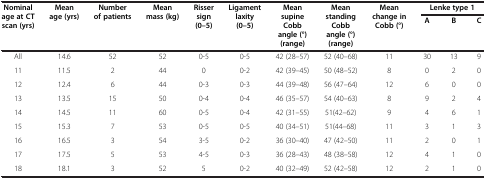
<table><thead><tr><td rowspan="2"><b>Nominal age at CT scan (yrs)</b></td><td rowspan="2"><b>Mean age (yrs)</b></td><td rowspan="2"><b>Number of patients</b></td><td rowspan="2"><b>Mean mass (kg)</b></td><td rowspan="2"><b>Risser sign (0–5)</b></td><td rowspan="2"><b>Ligament laxity (0–5)</b></td><td rowspan="2"><b>Mean supine Cobb angle (°) (range)</b></td><td rowspan="2"><b>Mean standing Cobb angle (°) (range)</b></td><td rowspan="2"><b>Mean change in Cobb (°)</b></td><td colspan="3"><b>Lenke type 1</b></td></tr><tr><td><b>A</b></td><td><b>B</b></td><td><b>C</b></td></tr></thead><tbody><tr><td>All</td><td>14.6</td><td>52</td><td>52</td><td>0-5</td><td>0-5</td><td>42 (28–57)</td><td>52 (40–68)</td><td>11</td><td>30</td><td>13</td><td>9</td></tr><tr><td>11</td><td>11.5</td><td>2</td><td>44</td><td>0</td><td>0-2</td><td>42 (39–45)</td><td>50 (48–52)</td><td>8</td><td>0</td><td>2</td><td>0</td></tr><tr><td>12</td><td>12.4</td><td>6</td><td>44</td><td>0-3</td><td>0-3</td><td>44 (39–48)</td><td>56 (47–64)</td><td>12</td><td>6</td><td>0</td><td>0</td></tr><tr><td>13</td><td>13.5</td><td>15</td><td>50</td><td>0-4</td><td>0-4</td><td>46 (35–57)</td><td>54 (40–63)</td><td>8</td><td>9</td><td>2</td><td>4</td></tr><tr><td>14</td><td>14.5</td><td>11</td><td>60</td><td>0-5</td><td>0-4</td><td>42 (31–55)</td><td>51(42–62)</td><td>9</td><td>4</td><td>6</td><td>1</td></tr><tr><td>15</td><td>15.3</td><td>7</td><td>53</td><td>0-5</td><td>0-5</td><td>40 (34–51)</td><td>51(44–68)</td><td>11</td><td>3</td><td>1</td><td>3</td></tr><tr><td>16</td><td>16.5</td><td>3</td><td>54</td><td>3-5</td><td>0-2</td><td>36 (30–40)</td><td>47 (42–50)</td><td>11</td><td>2</td><td>0</td><td>1</td></tr><tr><td>17</td><td>17.5</td><td>5</td><td>53</td><td>4-5</td><td>0-3</td><td>36 (28–43)</td><td>48 (38–58)</td><td>12</td><td>4</td><td>1</td><td>0</td></tr><tr><td>18</td><td>18.1</td><td>3</td><td>52</td><td>5</td><td>0-2</td><td>40 (32–49)</td><td>52 (42–58)</td><td>12</td><td>2</td><td>1</td><td>0</td></tr></tbody></table>